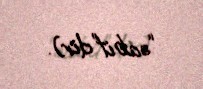
“sabit”dir).